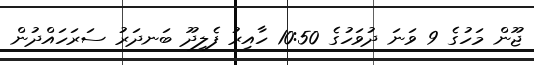
ޖޫން މަހުގެ 9 ވަނަ ދުވަހުގެ 10:50 ހާއިރު ފެލިދޫ ބަނދަރު ސަރަހައްދުން